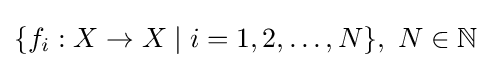
\{f_{i}:X\to X\mid i=1,2,\dots ,N\},\ N\in \mathbb {N}